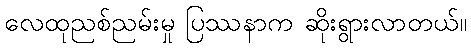
လေထုညစ်ညမ်းမှု ပြဿနာက ဆိုးရွားလာတယ်။